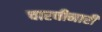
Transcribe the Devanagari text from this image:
चारचीनारी